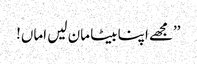
’’مجھے اپنا بیٹا مان لیں اماں!